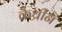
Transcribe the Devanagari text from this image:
कैथ्रीन